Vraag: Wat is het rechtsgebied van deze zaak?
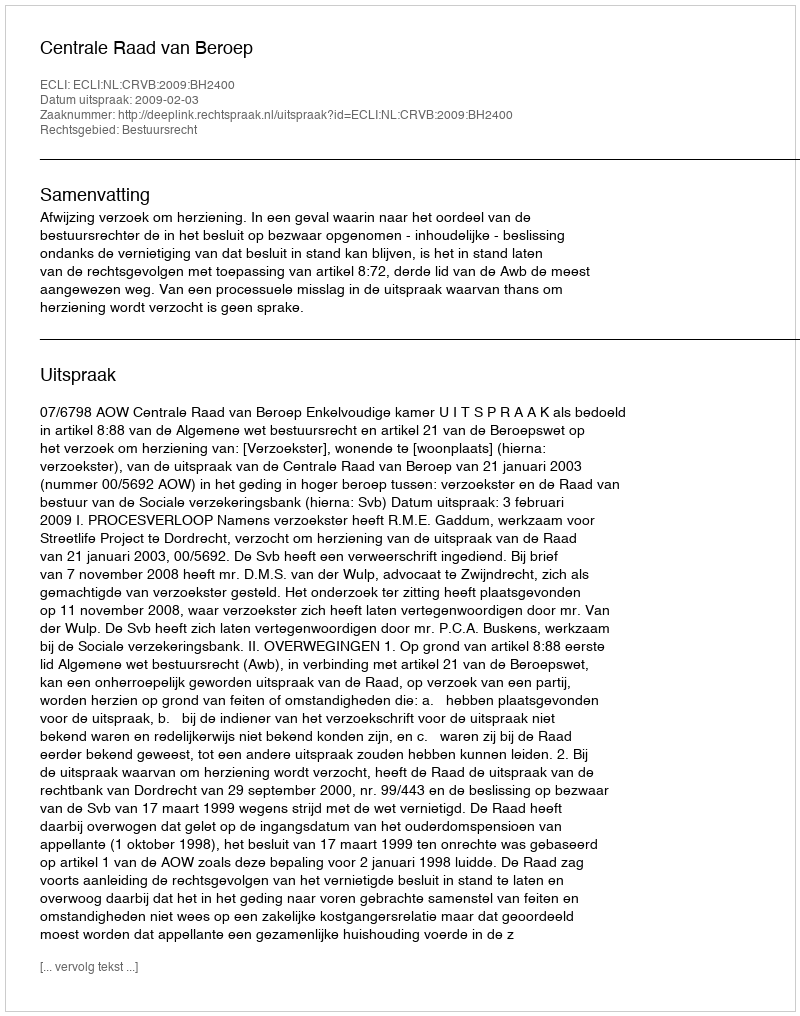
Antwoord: Bestuursrecht